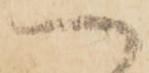
へ